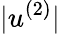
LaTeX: |u^{(2)}|